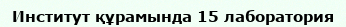
Институт құрамында 15 лаборатория